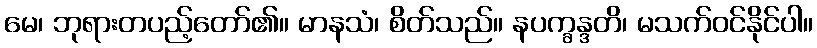
မေ၊ ဘုရားတပည့်တော်၏။ မာနသံ၊ စိတ်သည်။ နပက္ခန္ဒတိ၊ မသက်ဝင်နိုင်ပါ။